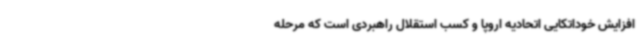
افزایش خوداتکایی اتحادیه اروپا و کسب استقلال راهبردی است که مرحله